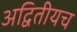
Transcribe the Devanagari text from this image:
अद्वितीयच